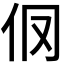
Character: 𰁥